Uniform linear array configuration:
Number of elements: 48
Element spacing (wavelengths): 0.25
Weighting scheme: hamming
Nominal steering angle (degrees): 0
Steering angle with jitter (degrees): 0.2792
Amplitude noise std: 0.05
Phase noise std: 0.05

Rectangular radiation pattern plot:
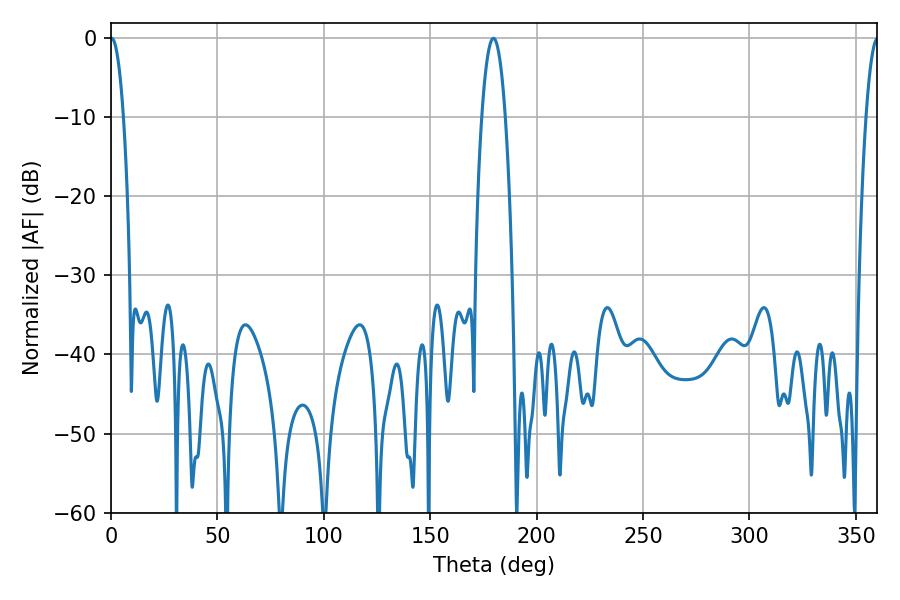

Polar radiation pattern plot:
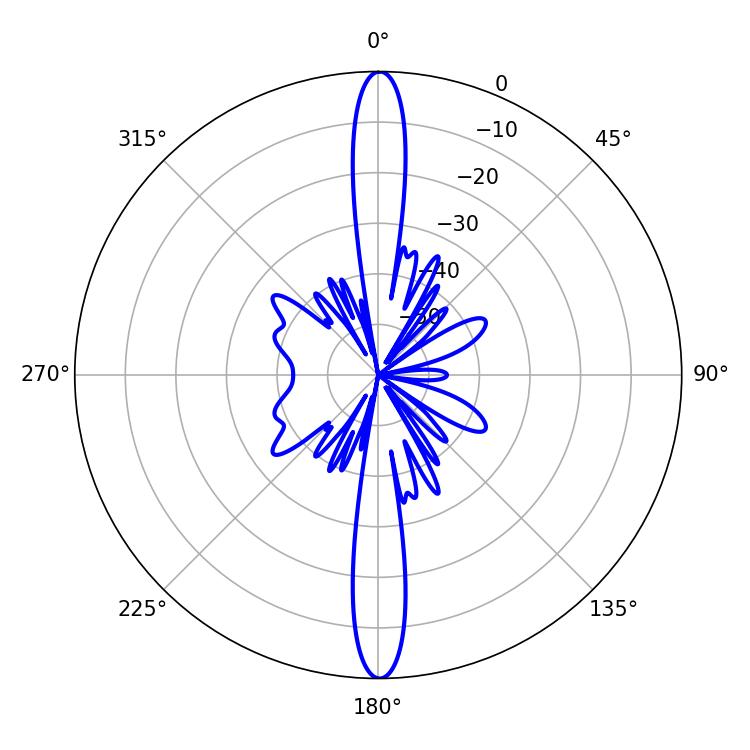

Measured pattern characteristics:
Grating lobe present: FALSE
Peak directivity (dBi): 32.711
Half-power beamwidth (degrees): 6.12
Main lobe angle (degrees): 179.64